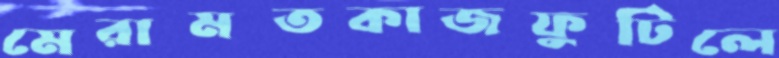
মেরামতকাজফুটিলে